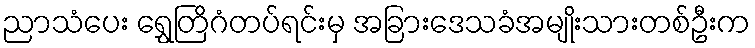
ညာသံပေး ရွှေတြိဂံတပ်ရင်းမှ အခြားဒေသခံအမျိုးသားတစ်ဦးက